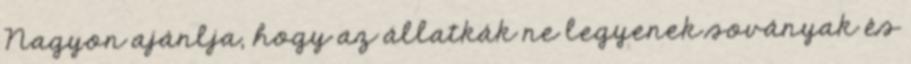
Nagyon ajánlja, hogy az állatkák ne legyenek soványak és